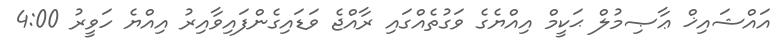
އައްޝައިޚް ޢާޞިމުލް ޙަކީމް އިއްޔެގެ ވަގުތެއްގައި ރާއްޖެ ވަޑައިގެންފައިވާއިރު އިއްޔެ ހަވީރު 4:00